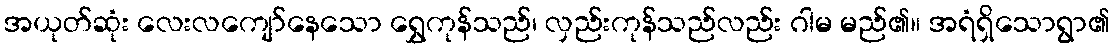
အယုတ်ဆုံး လေးလကျော်နေသော ရွှေကုန်သည်၊ လှည်းကုန်သည်လည်း ဂါမ မည်၏။ အရံရှိသောရွာ၏